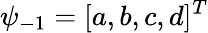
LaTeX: \psi_{-1}=[a,b,c,d]^{T}